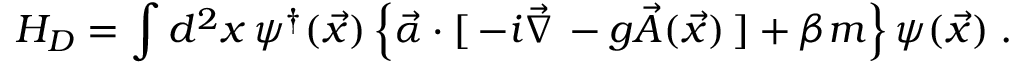
H _ { D } = \int d ^ { 2 } x \, \psi ^ { \dagger } ( \vec { x } ) \left\{ \vec { \alpha } \cdot [ \, - i \vec { \nabla } \, - g \vec { A } ( \vec { x } ) \, ] + \beta m \right\} \psi ( \vec { x } ) \; .